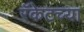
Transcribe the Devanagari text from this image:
रॅकेटच्या